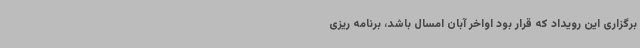
برگزاری این رویداد که قرار بود اواخر آبان امسال باشد، برنامه ریزی